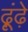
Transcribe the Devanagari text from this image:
ढ़ूंढ़े